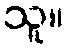
သူ။